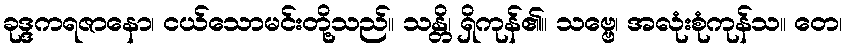
ခုဒ္ဒကရဇာနော၊ ငယ်သောမင်းတို့သည်။ သန္တိ၊ ရှိကုန်၏။ သဗ္ဗေ၊ အလုံးစုံကုန်သ။ တေ၊